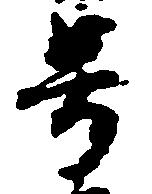
号